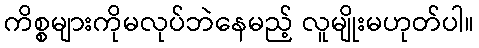
ကိစ္စများကိုမလုပ်ဘဲနေမည့် လူမျိုးမဟုတ်ပါ။